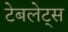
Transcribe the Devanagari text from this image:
टेबलेट्स